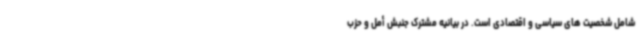
شامل شخصیت های سیاسی و اقتصادی است. در بیانیه مشترک جنبش أمل و حزب